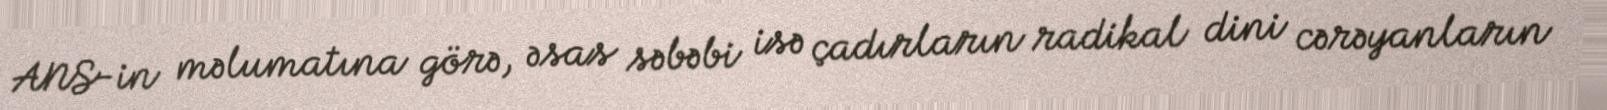
ANS-in məlumatına görə, əsas səbəbi isə çadırların radikal dini cərəyanların